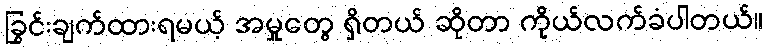
ခြွင်းချက်ထားရမယ့် အမှုတွေ ရှိတယ် ဆိုတာ ကိုယ်လက်ခံပါတယ်။